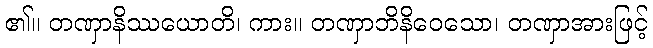
၏။ တဏှာနိဿယောတိ၊ ကား။ တဏှာဘိနိဝေသော၊ တဏှာအားဖြင့်